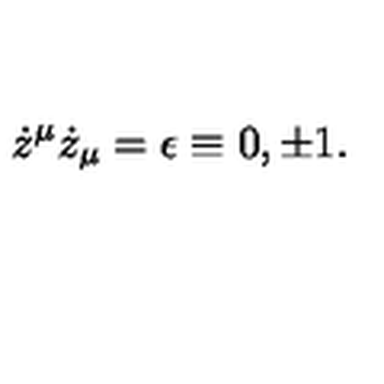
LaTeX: \dot { z } ^ { \mu } \dot { z } _ { \mu } = \epsilon \equiv 0 , \pm 1 .